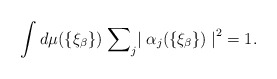
\begin{align*}\int d \mu (\{ {\xi}_{\beta} \}) \; {\sum}_j {\mid {\alpha}_j(\{ {\xi}_{\beta} \}) \mid}^2 = 1.\end{align*}